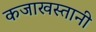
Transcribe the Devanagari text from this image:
कजाखस्तानी